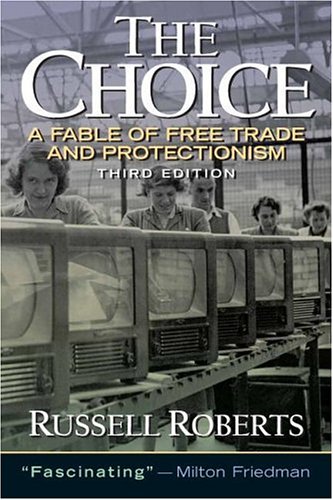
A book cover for The Choice: A Fable of Free Trade and Protection (3rd Edition); Russell Roberts; Business & Money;